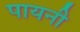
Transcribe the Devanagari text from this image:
पायनी